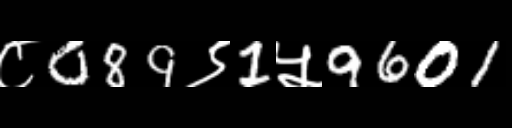
Text: ८089९1५9601